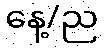
နေ့/ည